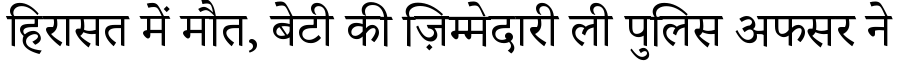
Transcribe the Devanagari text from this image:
हिरासत में मौत, बेटी की ज़िम्मेदारी ली पुलिस अफसर ने